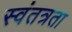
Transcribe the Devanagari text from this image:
स्‍वंतत्रता